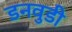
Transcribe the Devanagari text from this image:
डनवुडी